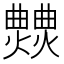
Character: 𤒍